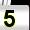
Digit: 5